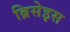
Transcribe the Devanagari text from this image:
ब्रिसेइस